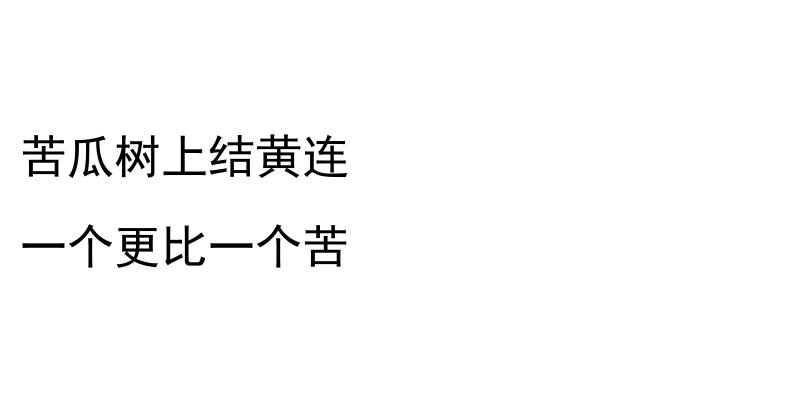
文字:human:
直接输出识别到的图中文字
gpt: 苦瓜树上结黄连 一个更比一个苦